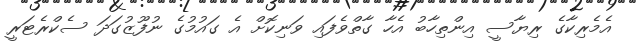
އެމެރިކާގެ ރިޔާސީ އިންތިހާބު އެހާ ގާތްވެފައި ވަނިކޮށް އެ ގައުމުގެ ނުފޫޒުގަދަ ސެކްރެޓަރީ